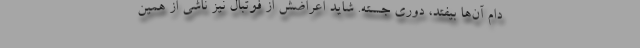
دام آن‌ها بیفتد، دوری جسته. شاید اعراضش از فوتبال نیز ناشی از همین